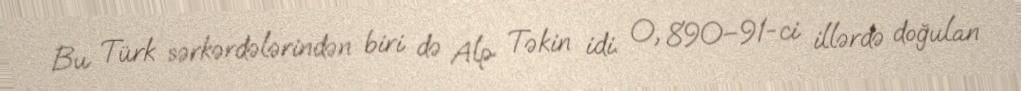
Bu Türk sərkərdələrindən biri də Alp Təkin idi. O, 890–91-ci illərdə doğulan